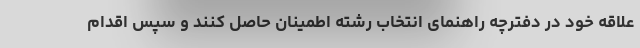
علاقه خود در دفترچه راهنمای انتخاب رشته اطمینان حاصل کنند و سپس اقدام